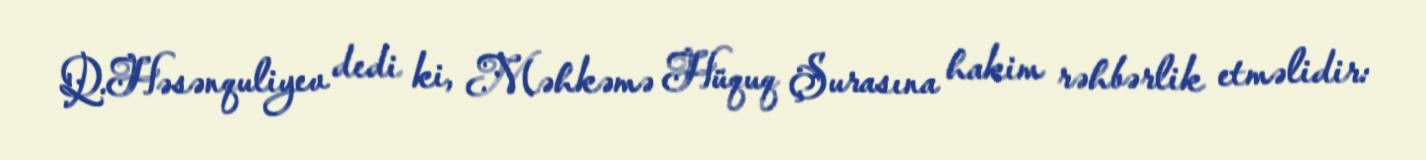
Q.Həsənquliyev dedi ki, Məhkəmə Hüquq Şurasına hakim rəhbərlik etməlidir: